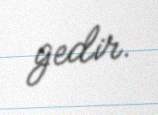
gedir.